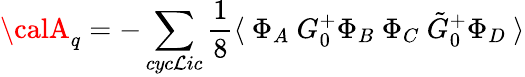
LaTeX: {\calA}_{q}=-\sum_{cyc\mathcal{L}ic}\frac{{1}}{{8}}\langle~\Phi_{A}~G_{0}^{+}\Phi_{B}~\Phi_{C}~\tilde{{G}}_{0}^{+}\Phi_{D}~\rangle